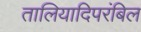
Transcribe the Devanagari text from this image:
तालियादिपरंबिल